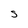
Character: S